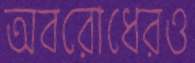
অবরোধেরও